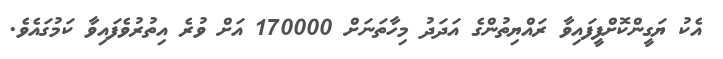
އެކު ޔަގީންކޮށްފީފައިވާ ރައްޔިތުންގެ އަދަދު މިހާތަނަށް 170000 އަށް ވުރެ އިތުރުވެފައިވާ ކަމުގައެވެ.